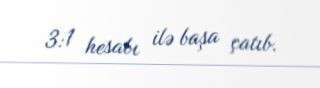
3:1 hesabı ilə başa çatıb.